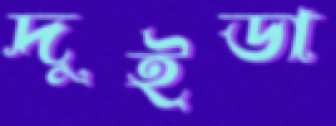
দুইডা